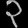
Digit: ၃